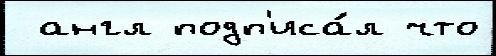
 англ подп'иса́л что